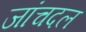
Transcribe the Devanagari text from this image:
जांचदल